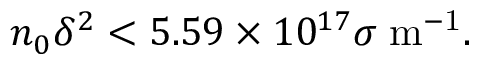
n _ { 0 } \delta ^ { 2 } < 5 . 5 9 \times 1 0 ^ { 1 7 } \sigma \; \mathrm { m ^ { - 1 } } .